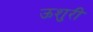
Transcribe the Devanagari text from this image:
ऊशुरी